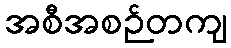
အစီအစဉ်တကျ